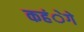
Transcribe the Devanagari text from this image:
कहंेगे